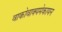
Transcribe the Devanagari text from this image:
वाकोवाक्यमेकायन